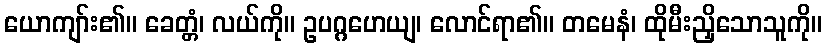
ယောကျာ်း၏။ ခေတ္တံ၊ လယ်ကို။ ဥပဂ္ဂဟေယျ၊ လောင်ရာ၏။ တမေနံ၊ ထိုမီးညှိသောသူကို။